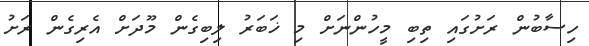
ހިސާބުން ރަށުގައި ތިބި މީހުންނަށް މި ޚަބަރު ލިބިގެން މޫދަށް އެރިގެން ރަށު